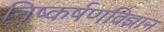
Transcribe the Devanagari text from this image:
निष्कर्षणविज्ञान